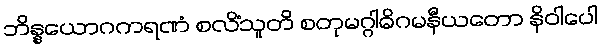
ဘိန္နယောဂကရဏံ စလိံသူတိ စတုမဂ္ဂါဓိဂမနီယတော နိဝါပေါ